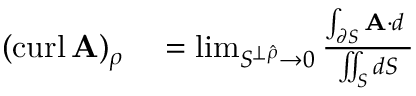
\begin{array} { r l } { ( \operatorname { c u r l } \mathbf { A } ) _ { \rho } } & { { } = \operatorname* { l i m } _ { S ^ { \perp { \boldsymbol { \hat { \rho } } } } \to 0 } { \frac { \int _ { \partial S } \mathbf { A } \cdot d \mathbf { \ell } } { \iint _ { S } d S } } } \end{array}